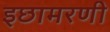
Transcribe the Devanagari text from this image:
इछामरणी